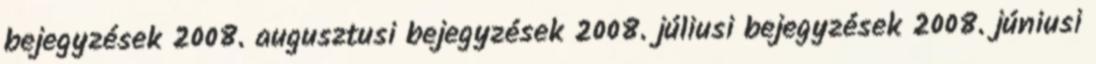
bejegyzések 2008. augusztusi bejegyzések 2008. júliusi bejegyzések 2008. júniusi